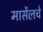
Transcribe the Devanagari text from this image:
मार्सेलचे